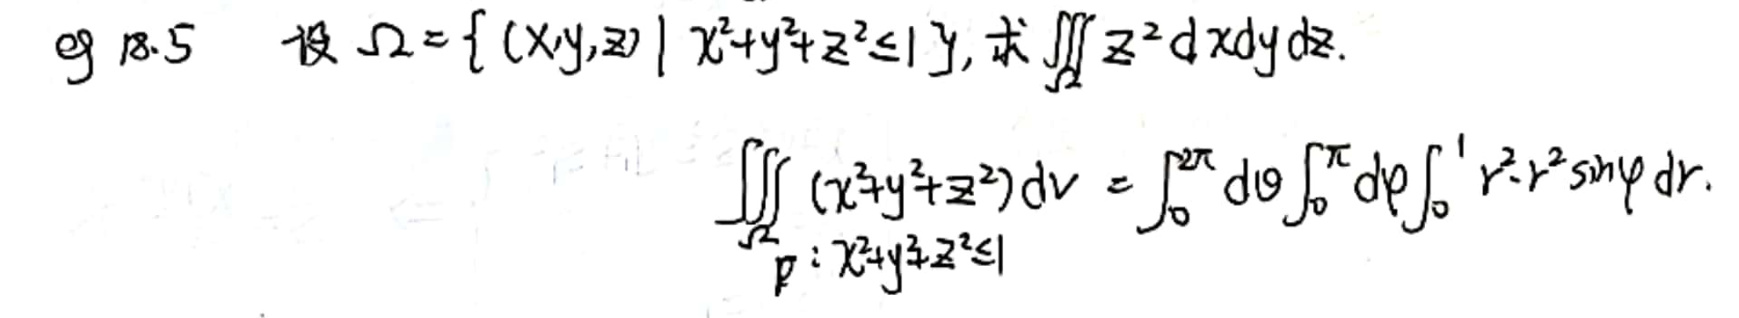
\[
\begin{align*}
&\text{eg }18.5\quad\text{设 }\Omega = \{(x,y,z)\mid x^{2}+y^{2}+z^{2}\leq1\},\text{ 求 }\iiint_{\Omega}z^{2}\mathrm{d}x\mathrm{d}y\mathrm{d}z.\\
&\iiint_{\substack{\Omega\\p:x^{2}+y^{2}+z^{2}\leq1}}(x^{2}+y^{2}+z^{2})\mathrm{d}V=\int_{0}^{2\pi}\mathrm{d}\theta\int_{0}^{\pi}\mathrm{d}\varphi\int_{0}^{1}r^{2}\cdot r^{2}\sin\varphi\mathrm{d}r.
\end{align*}
\]